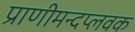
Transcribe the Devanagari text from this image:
प्राणीमन्दप्लवक